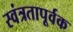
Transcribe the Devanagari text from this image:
स्वंत्रतापूर्वक